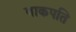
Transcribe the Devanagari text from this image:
वाकपति